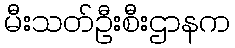
မီးသတ်ဦးစီးဌာနက